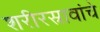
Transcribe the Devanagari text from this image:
शरीरस्रावांचे